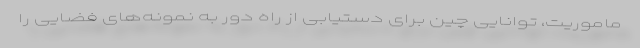
ماموریت، توانایی چین برای دستیابی از راه دور به نمونه‌های فضایی را